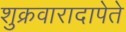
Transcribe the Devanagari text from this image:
शुक्रवारादापेते